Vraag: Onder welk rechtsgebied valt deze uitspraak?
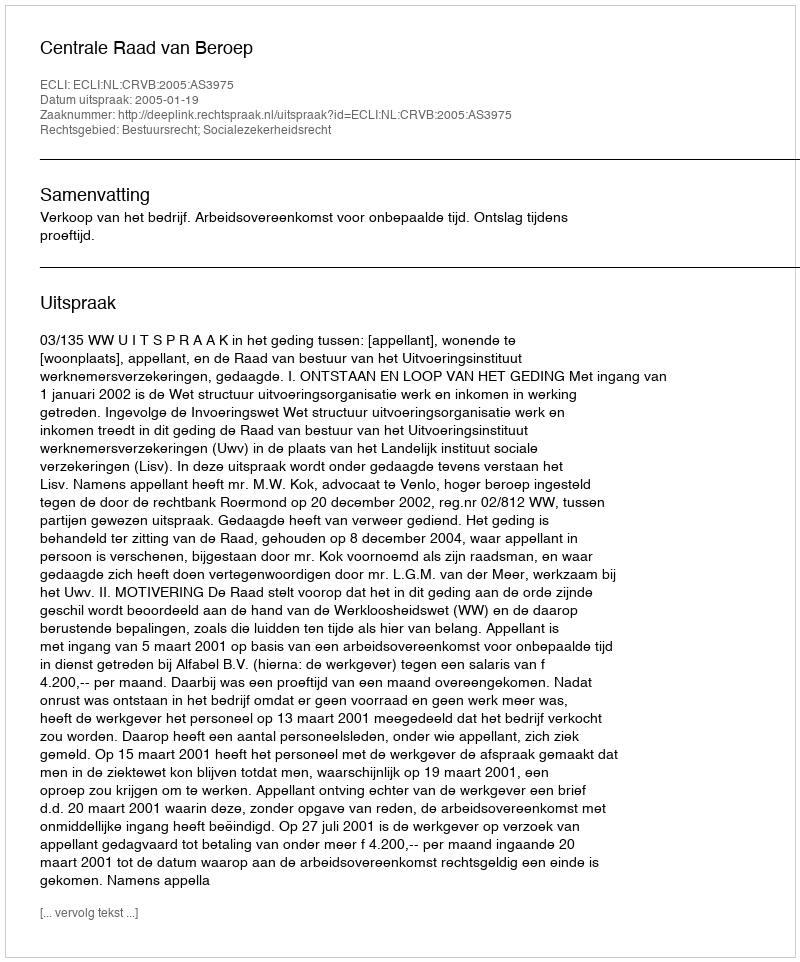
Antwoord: Bestuursrecht; Socialezekerheidsrecht